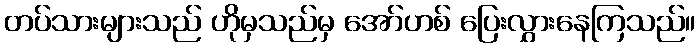
တပ်သားများသည် ဟိုမှသည်မှ အော်ဟစ် ပြေးလွှားနေကြသည်။